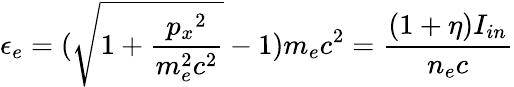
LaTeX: \epsilon_{e}=(\sqrt{1+\frac{{p_{x}}^{2}}{m_{e}^{2}c^{2}}}-1)m_{e}c^{2}=\frac{(1+\eta)I_{in}}{n_{e}c}